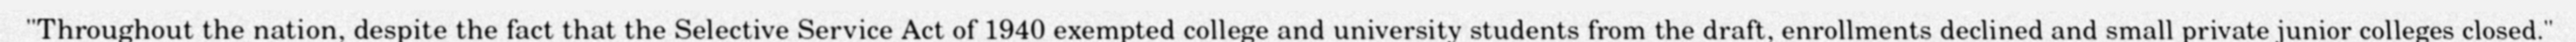
"Throughout the nation, despite the fact that the Selective Service Act of 1940 exempted college and university students from the draft, enrollments declined and small private junior colleges closed."